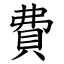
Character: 費